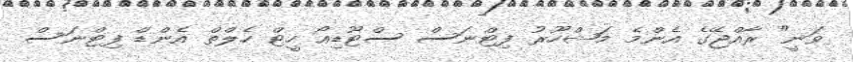
ވަނީ" ރާއްޖޭގެ އެންމެ މަޝްހޫރު ފިޓްނަސް ސްޓޫޑިއޯ ހީޓް ހެލްތް އެންޑް ފިޓްނަސް